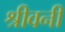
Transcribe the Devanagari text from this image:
श्रीवनी